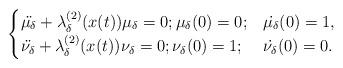
LaTeX: \begin{align*} \begin{cases} \ddot{\mu_\delta}+\lambda_\delta^{(2)}(x(t))\mu_\delta=0; \mu_\delta(0)=0; & \dot{\mu_\delta}(0)=1,\\ \ddot{\nu_\delta}+\lambda_\delta^{(2)}(x(t))\nu_\delta=0; \nu_\delta(0)=1; & \dot{\nu_\delta}(0)=0. \end{cases}\end{align*}